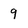
Character: 9